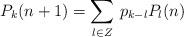
LaTeX: \begin{align*}P_k(n+1)=\sum\limits_{l \in Z}\,p_{k-l}P_l(n)\end{align*}